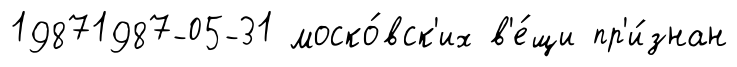
19871987-05-31 моско́вск'их в'е́щи пр'и́знан